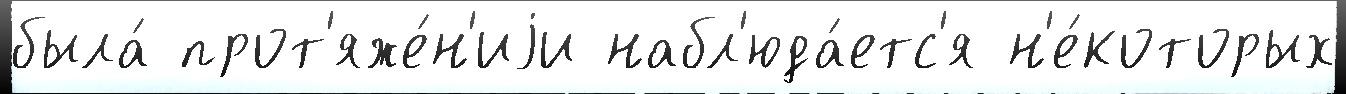
была́ прот'яже́н'иjи набл'юда́етс'я н'е́которых